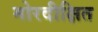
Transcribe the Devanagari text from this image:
मोरदीक्षित